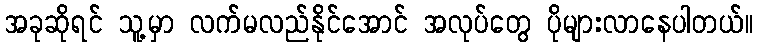
အခုဆိုရင် သူ့မှာ လက်မလည်နိုင်အောင် အလုပ်တွေ ပိုများလာနေပါတယ်။